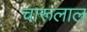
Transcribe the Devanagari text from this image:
चारूलाल